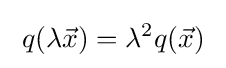
\;q(\lambda {\vec {x}})=\lambda ^{2}q({\vec {x}})\;